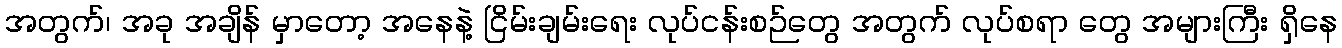
အတွက်၊ အခု အချိန် မှာတော့ အနေနဲ့ ငြိမ်းချမ်းရေး လုပ်ငန်းစဉ်တွေ အတွက် လုပ်စရာ တွေ အများကြီး ရှိနေ